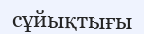
сұйықтығы